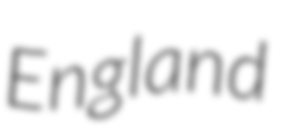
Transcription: England